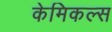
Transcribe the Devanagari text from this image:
केमिकल्‍स